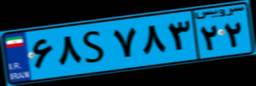
۶۸S۷۸۳۲۲